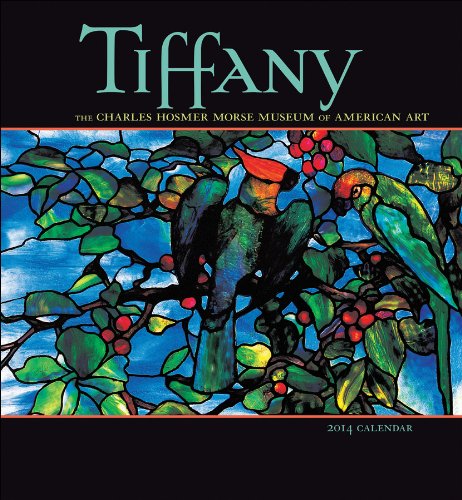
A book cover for Tiffany 2014 Calendar; Louis Comfort Tiffany; Calendars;